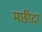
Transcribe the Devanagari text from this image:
मछीदा